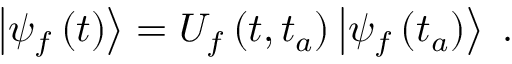
\begin{array} { r } { \left\vert \psi _ { f } \left( t \right) \right\rangle = U _ { f } \left( t , t _ { a } \right) \left\vert \psi _ { f } \left( t _ { a } \right) \right\rangle \; . } \end{array}